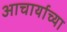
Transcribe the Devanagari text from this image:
आचार्याच्या